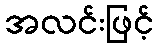
အလင်းဖြင့်